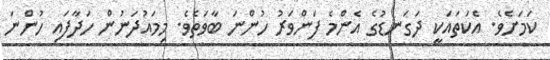
ކަމަށެވެ. އެކަތައަކީ ދަގަނޑުގެ އެންމެ ފަންވަރު ހުންނަ ބާވަތެވެ. މިމައުދަނުން ހަދާފައި ހުންނަ